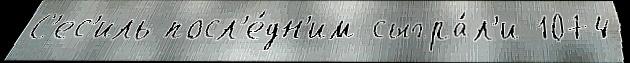
С'ес'иль посл'е́дн'им сыгра́л'и 1074